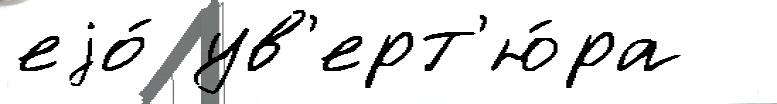
еjо́ ув'ерт'ю́ра